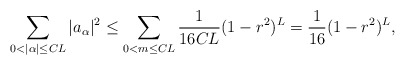
\begin{align*}\sum_{0<|\alpha|\leq CL}|a_{\alpha}|^2\leq \sum_{0<m\leq CL}\frac{1}{16CL}(1-r^2)^{L}=\frac{1}{16}(1-r^2)^{L},\end{align*}